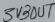
Text: 3V3OUT